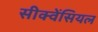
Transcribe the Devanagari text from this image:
सीक्वेंसियल